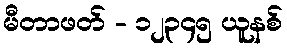
မီတာဖတ် - ၁၂၃၄၅ ယူနစ်